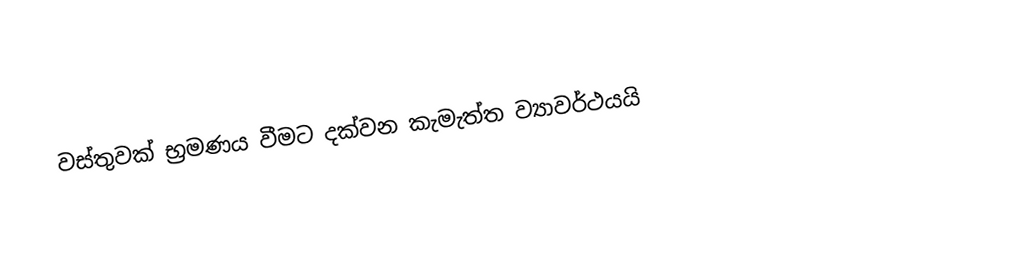
වස්තුවක් භ්‍රමණය වීමට දක්වන කැමැත්ත ව්‍යාවර්ථයයි